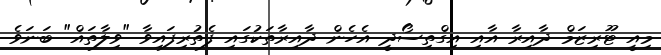
މިއީ ޓޫރިޒަމް ދާއިރާ އާއި އިގްތިސޯދީ އެހެން ދާއިރާތަކުގައި ފެތުރިފައިވާ "ވިލާތައް" ބަނަވެ